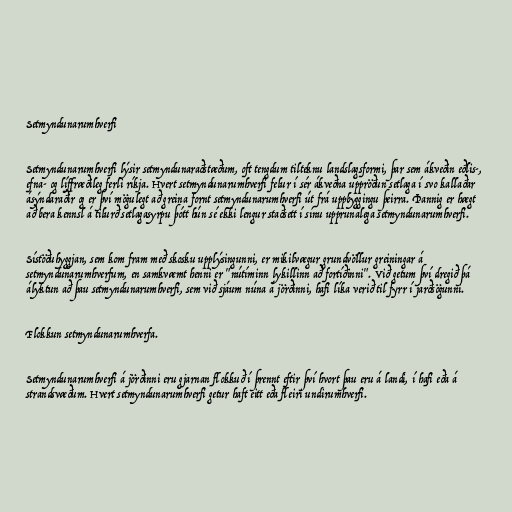
Setmyndunarumhverfi

Setmyndunarumhverfi lýsir setmyndunaraðstæðum, oft tengdum tilteknu landslagsformi, þar sem ákveðin eðlis-,
efna- og líffræðileg ferli ríkja. Hvert setmyndunarumhverfi felur í sér ákveðna uppröðun setlaga í svo kallaðar
ásýndaraðir og er því mögulegt að greina fornt setmyndunarumhverfi út frá uppbyggingu þeirra. Þannig er hægt
að bera kennsl á tilurð setlagasyrpu þótt hún sé ekki lengur staðsett í sínu upprunalega setmyndunarumhverfi.

Sístöðuhyggjan, sem kom fram með skosku upplýsingunni, er mikilvægur grundvöllur greiningar á
setmyndunarumhverfum, en samkvæmt henni er "nútíminn lykillinn að fortíðinni". Við getum því dregið þá
ályktun að þau setmyndunarumhverfi, sem við sjáum núna á jörðinni, hafi líka verið til fyrr í jarðsögunni.

Flokkun setmyndunarumhverfa.

Setmyndunarumhverfi á jörðinni eru gjarnan flokkuð í þrennt eftir því hvort þau eru á landi, í hafi eða á
strandsvæðum. Hvert setmyndunarumhverfi getur haft eitt eða fleiri undirumhverfi.